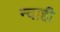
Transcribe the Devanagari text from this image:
न्वाही